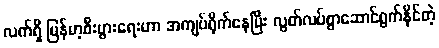
လက်ရှိ မြန်မာ့စီးပွားရေးဟာ အကျပ်ရိုက်နေပြီး လွတ်လပ်စွာဆောင်ရွက်နိုင်တဲ့